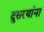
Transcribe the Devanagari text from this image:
दुसरयांना